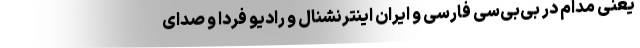
یعنی مدام در بی‌بی‌سی فارسی و ایران اینترنشنال و رادیو فردا و صدای